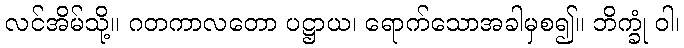
လင်အိမ်သို့။ ဂတကာလတော ပဋ္ဌာယ၊ ရောက်သောအခါမှစ၍။ ဘိက္ခုံ ဝါ၊